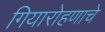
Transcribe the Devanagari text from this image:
गियारोहणाचे